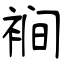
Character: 裥